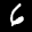
Label: 6